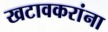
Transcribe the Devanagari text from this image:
खटावकरांना